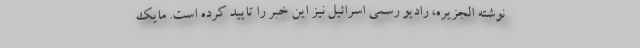
نوشته الجزیره، رادیو رسمی اسرائیل نیز این خبر را تایید کرده است. مایک